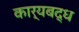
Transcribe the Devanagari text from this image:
कार्यबद्ध